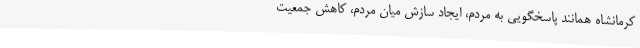
کرمانشاه همانند پاسخگویی به مردم، ایجاد سازش میان مردم، کاهش جمعیت